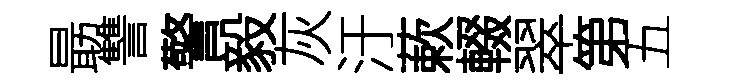
朂讐警毅灰汙蔌輟翠第五